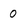
Character: 0